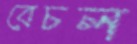
বেচল